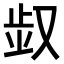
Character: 𠭓